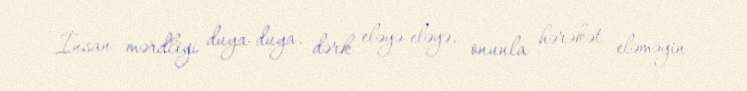
İnsan mərdliyi duya-duya, dərk eləyə-eləyə, onunla hərəkət eləməyin